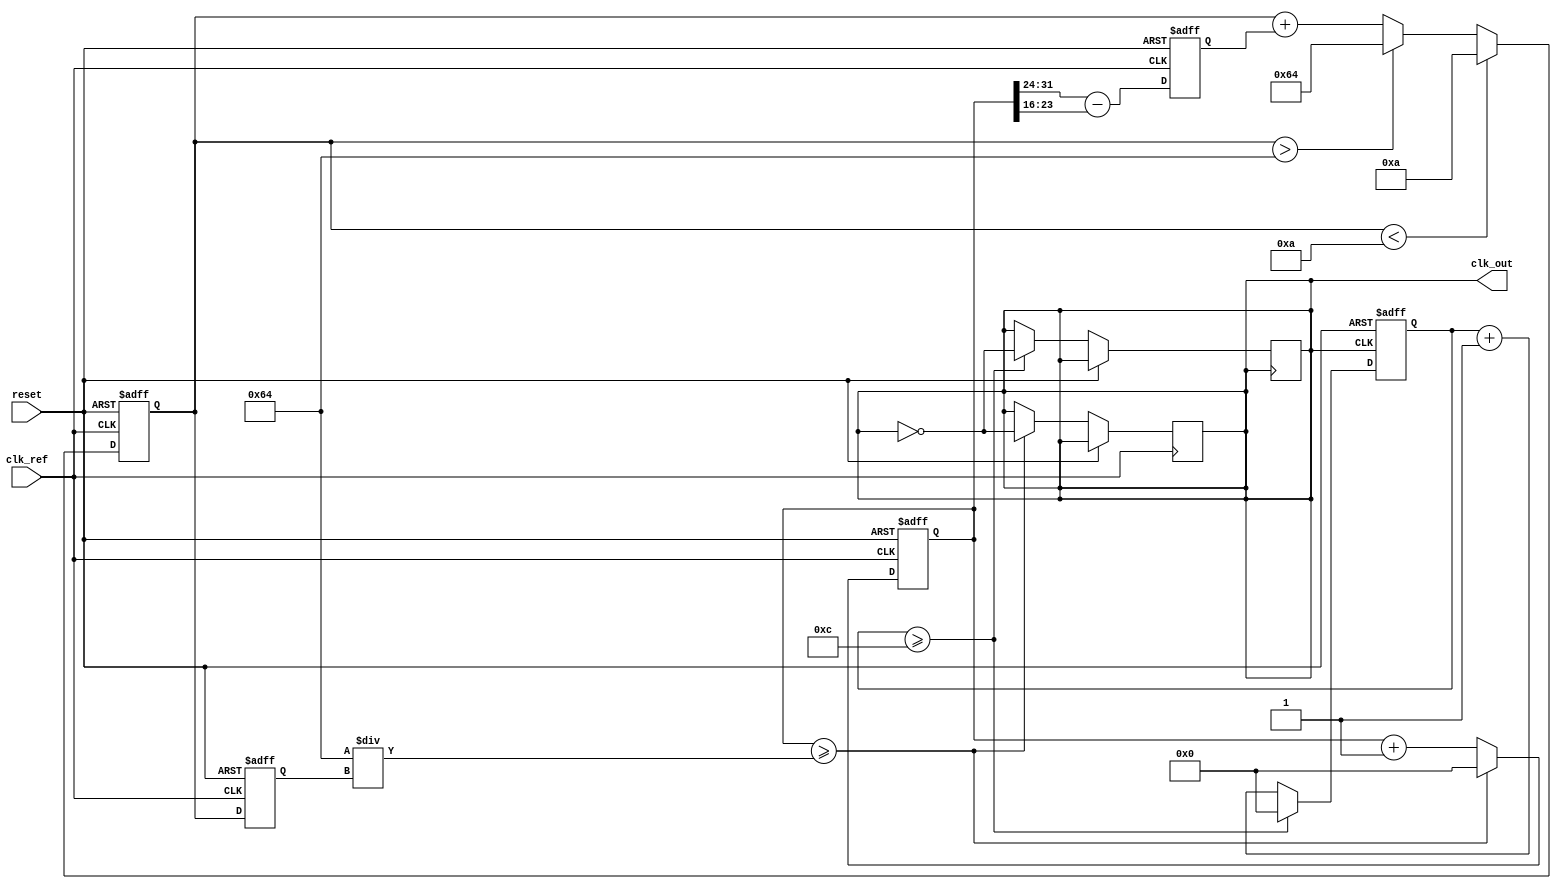
module fractional_PLL (
    input wire clk_ref,          // Reference clock input
    input wire reset,            // Reset signal
    output reg clk_out           // Output clock signal
);

// Parameters
parameter N = 4;                // Integer division factor
parameter FRAC = 3;             // Fractional part for division
parameter VCO_MAX_FREQ = 100;   // Maximum frequency of VCO
parameter VCO_MIN_FREQ = 10;    // Minimum frequency of VCO

// Internal signals
reg [7:0] phase_error;          // Phase error signal
reg [7:0] control_voltage;       // Control voltage for VCO
reg [7:0] vco_frequency;         // Current frequency of VCO
reg [31:0] counter;              // Counter for output clock generation
reg [31:0] divider;              // Divider for fractional division

// Phase Detector (PD)
always @(posedge clk_ref or posedge reset) begin
    if (reset) begin
        phase_error <= 0;
    end else begin
        // Simple phase error calculation (for demonstration)
        // In practice, this would be more complex
        phase_error <= (counter[31:24] - counter[23:16]); // Example phase comparison
    end
end

// Loop Filter (LF)
always @(posedge clk_ref or posedge reset) begin
    if (reset) begin
        control_voltage <= 0;
    end else begin
        // Simple proportional control (for demonstration)
        control_voltage <= control_voltage + phase_error;
        // Clamp control voltage to VCO limits
        if (control_voltage > VCO_MAX_FREQ) control_voltage <= VCO_MAX_FREQ;
        if (control_voltage < VCO_MIN_FREQ) control_voltage <= VCO_MIN_FREQ;
    end
end

// Voltage-Controlled Oscillator (VCO)
always @(posedge clk_ref or posedge reset) begin
    if (reset) begin
        vco_frequency <= VCO_MIN_FREQ;
        counter <= 0;
    end else begin
        // Adjust VCO frequency based on control voltage
        vco_frequency <= control_voltage;
        // Generate output clock based on VCO frequency
        counter <= counter + 1;
        if (counter >= (100 / vco_frequency)) begin
            clk_out <= ~clk_out; // Toggle output clock
            counter <= 0;
        end
    end
end

// Fractional Divider
always @(posedge clk_out or posedge reset) begin
    if (reset) begin
        divider <= 0;
    end else begin
        // Simple fractional division (for demonstration)
        divider <= divider + 1;
        if (divider >= (N * FRAC)) begin
            clk_out <= ~clk_out; // Toggle output clock
            divider <= 0;
        end
    end
end

endmodule